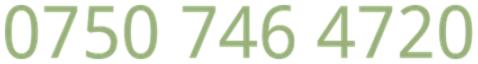
0750 746 4720